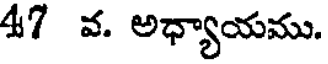
47 వ. అధ్యాయము.